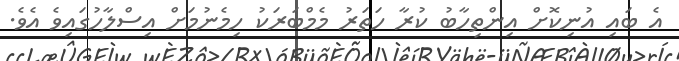
އެ ބައި އުނިކޮށް އިންތިހާބު ކުރާ ހަތަރު މެމްބަރަކު ހިމެނުމަށް އިސްލާހުގައިވެ އެވެ.